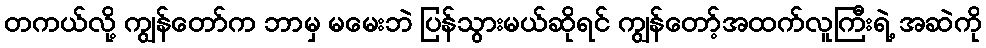
တကယ်လို့ ကျွန်တော်က ဘာမှ မမေးဘဲ ပြန်သွားမယ်ဆိုရင် ကျွန်တော့်အထက်လူကြီးရဲ့ အဆဲကို